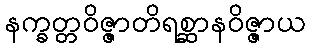
နက္ခတ္တဝိဇ္ဇာတိရစ္ဆာနဝိဇ္ဇာယ